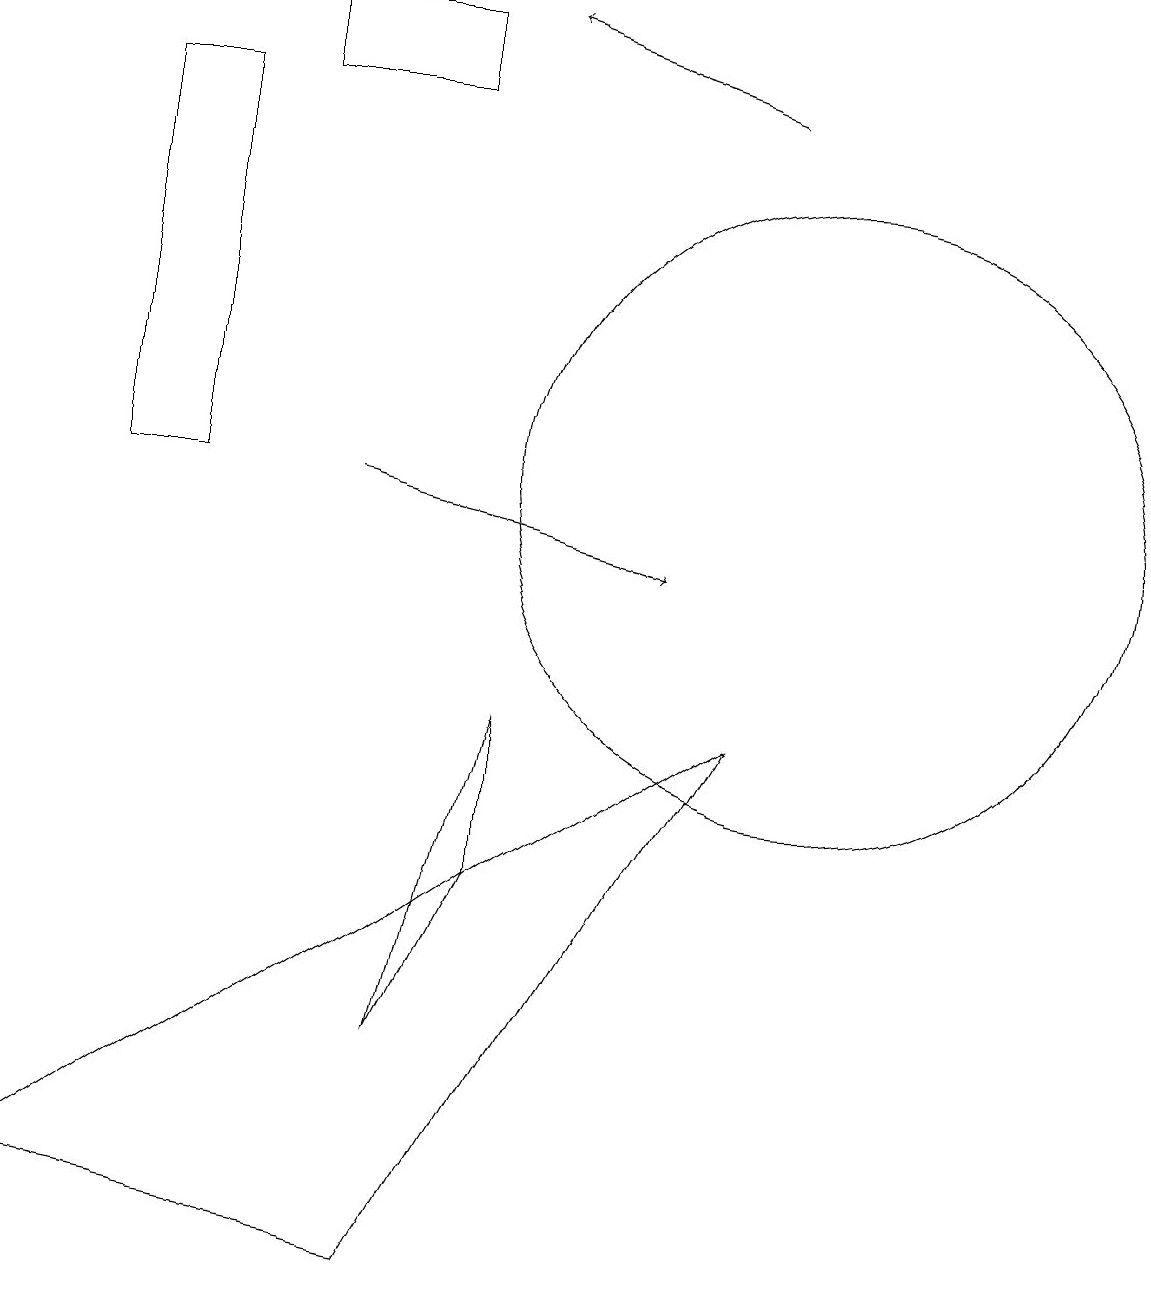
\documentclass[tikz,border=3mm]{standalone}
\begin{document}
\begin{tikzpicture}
\draw[->] (4,12) -- (8,11);
\draw (6,7) -- (6,9) -- (5,5) -- cycle;
\draw (0,3) -- (5,2) -- (9,9) -- cycle;
\draw (1,12) rectangle (2,17);
\draw (10,12) circle (4);
\draw[->] (9,17) -- (6,18);
\draw (3,18) rectangle (5,17);
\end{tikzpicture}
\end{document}